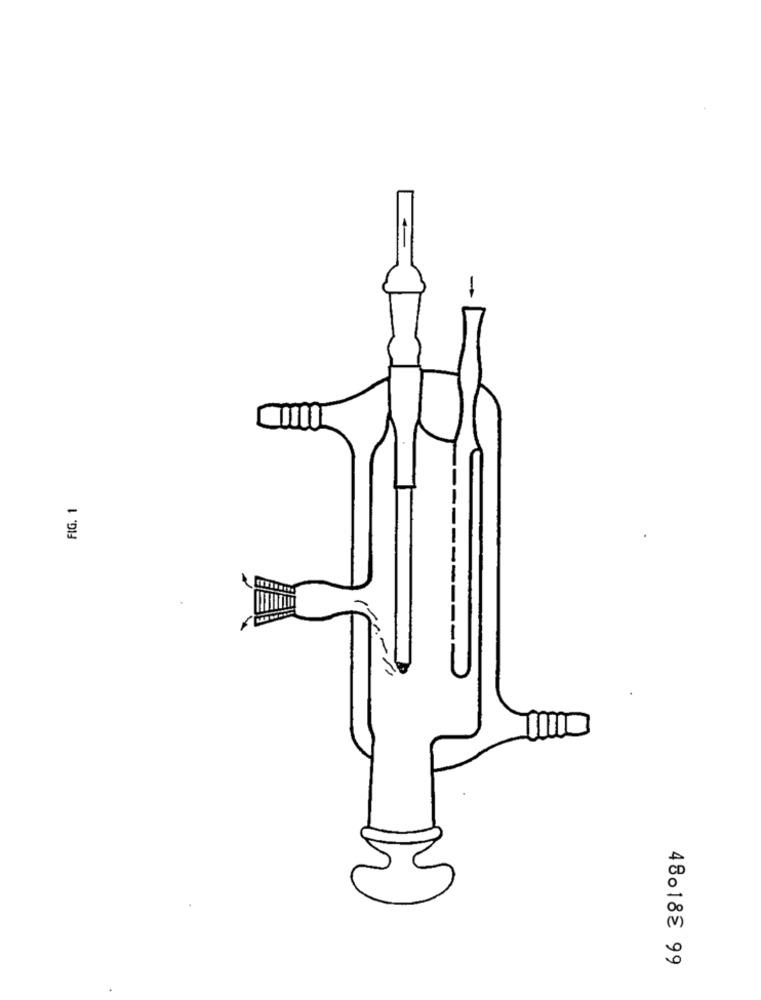
FIG. 1
48018 99